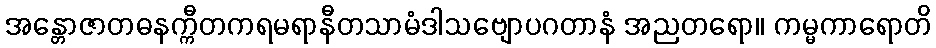
အန္တောဇာတဓနက္ကီတကရမရာနီတသာမံဒါသဗျောပဂတာနံ အညတရော။ ကမ္မကာရောတိ